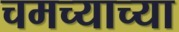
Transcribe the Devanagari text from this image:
चमच्याच्या